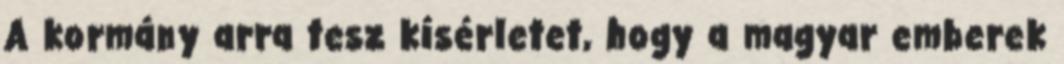
A kormány arra tesz kísérletet, hogy a magyar emberek